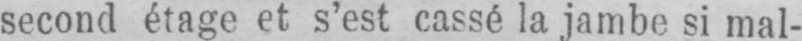
second étage et s’est cassé la jambe si mal-